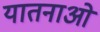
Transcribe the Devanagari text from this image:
यातनाओ